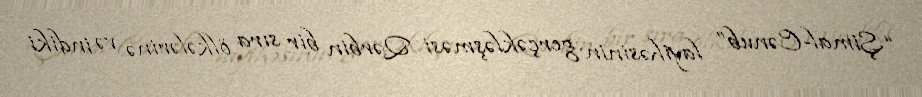
“Şimal-Cənub” layihəsinin gerçəkləşməsi Qərbin bir sıra ölkələrinə və indiki